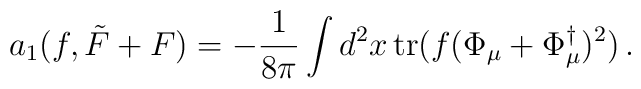
a_1(f,\tilde F+F) =-\frac 1{8\pi} \int d^2x\,{\rm tr} (f(\Phi_\mu +\Phi_\mu^\dag )^2)\,.